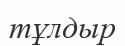
тұлдыр